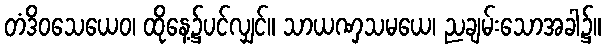
တံဒိဝသေယေဝ၊ ထိုနေ့၌ပင်လျှင်။ သာယဏှသမယေ၊ ညချမ်းသောအခါ၌။